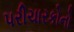
પરીચારકોનો